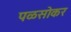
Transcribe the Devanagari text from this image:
पळसोकर